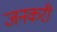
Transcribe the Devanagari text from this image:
जनकरी